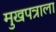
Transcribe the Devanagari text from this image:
मुखपत्राला